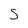
Character: S